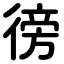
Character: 徬